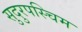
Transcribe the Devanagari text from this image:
सुदुरपस्चिम